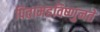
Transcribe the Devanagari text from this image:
पितामहविष्णुनते